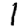
Digit: 1